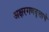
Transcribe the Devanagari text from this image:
अक्षरगणवृत्ताचे